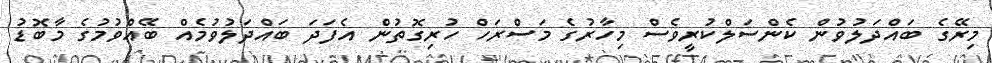
މިރޭގެ ބައްދަލުވުން ކެންސަލްކުރީވެސް މިހާރުގެ މަސްރަހް ހުރިގޮތުން އެފަދަ ބައްދަލުވުމެއް ބޭއްވުމުގެ މާބޮޑު